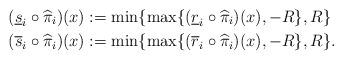
LaTeX: \begin{align*}(\underline{s}_i \circ \widehat{\pi}_i)(x) &:= \min \{ \max \{ (\underline{r}_i \circ \widehat{\pi}_i)(x),-R\},R\}\\(\overline{s}_i \circ \widehat{\pi}_i)(x) &:= \min \{ \max \{ (\overline{r}_i \circ \widehat{\pi}_i)(x),-R\},R\}.\end{align*}